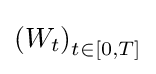
{\textstyle \left(W_{t}\right)_{t\in [0,T]}}